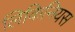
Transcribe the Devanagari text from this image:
लिकिनियस